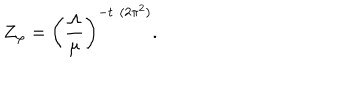
Z _ { \varphi } = \left( \frac { \Lambda } { \mu } \right) ^ { - t / ( 2 \pi ^ { 2 } ) } .